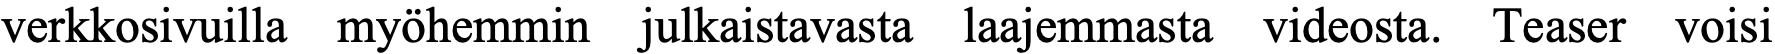
verkkosivuilla myöhemmin julkaistavasta laajemmasta videosta. Teaser voisi